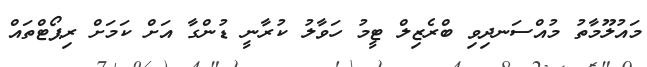
މައުލޫމާތު މުއްސަނދިވި ބްރެޒިލް ޓީމު ހަވާލު ކުރާނީ ޑުންގާ އަށް ކަމަށް ރިޕޯޓްތައް